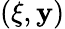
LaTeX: (\xi,\mathbf{y})